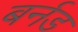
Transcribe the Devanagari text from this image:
बर्नड